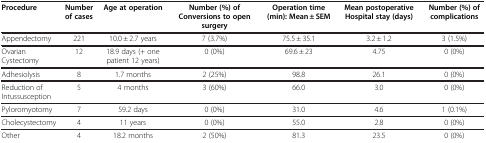
<table><thead><tr><td><b>Procedure</b></td><td><b>Number of cases</b></td><td><b>Age at operation</b></td><td><b>Number (%) of Conversions to open surgery</b></td><td><b>Operation time (min): Mean ± SEM</b></td><td><b>Mean postoperative Hospital stay (days)</b></td><td><b>Number (%) of complications</b></td></tr></thead><tbody><tr><td>Appendectomy</td><td>221</td><td>10.0 ± 2.7 years</td><td>7 (3.7%)</td><td>75.5 ± 35.1</td><td>3.2 ± 1.2</td><td>3 (1.5%)</td></tr><tr><td>Ovarian Cystectomy</td><td>12</td><td>18.9 days (+ one patient 12 years)</td><td>0 (0%)</td><td>69.6 ± 23</td><td>4.75</td><td>0 (0%)</td></tr><tr><td>Adhesiolysis</td><td>8</td><td>1.7 months</td><td>2 (25%)</td><td>98.8</td><td>26.1</td><td>0 (0%)</td></tr><tr><td>Reduction of Intussusception</td><td>5</td><td>4 months</td><td>3 (60%)</td><td>66.0</td><td>3.0</td><td>0 (0%)</td></tr><tr><td>Pyloromyotomy</td><td>7</td><td>59.2 days</td><td>0 (0%)</td><td>31.0</td><td>4.6</td><td>1 (0.1%)</td></tr><tr><td>Cholecystectomy</td><td>4</td><td>11 years</td><td>0 (0%)</td><td>55.0</td><td>2.8</td><td>0 (0%)</td></tr><tr><td>Other</td><td>4</td><td>18.2 months</td><td>2 (50%)</td><td>81.3</td><td>23.5</td><td>0 (0%)</td></tr></tbody></table>